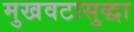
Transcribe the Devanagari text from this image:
मुखवटासुद्धा